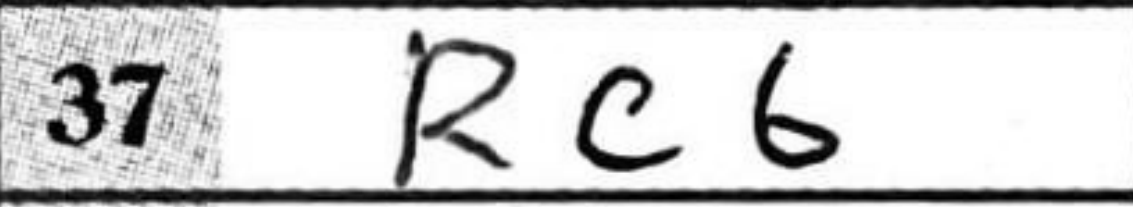
Transcription: Rc6